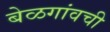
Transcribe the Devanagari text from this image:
बेळगांवची